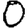
Digit: 0